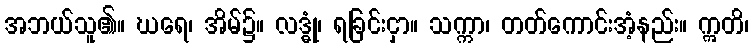
အဘယ်သူ၏။ ဃရေ၊ အိမ်၌။ လဒ္ဓုံ၊ ရခြင်းငှာ။ သက္ကာ၊ တတ်ကောင်းအံ့နည်း။ ဣတိ၊